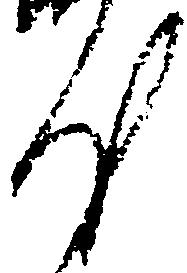
汰